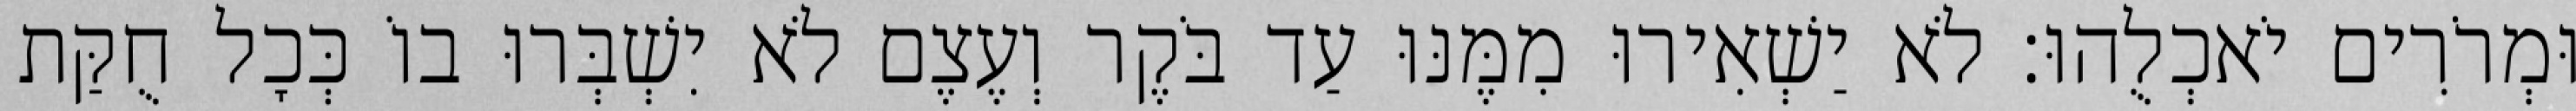
וּמְרֹרִים יֹאכְלֻהוּ׃ לֹא יַשְׁאִירוּ מִמֶּנּוּ עַד בֹּקֶר וְעֶצֶם לֹא יִשְׁבְּרוּ בוֹ כְּכָל חֻקַּת